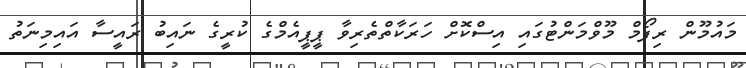
މައުމޫން ރިފޯމް މޫވްމަންޓުގައި އިސްކޮށް ހަރަކާތްތެރިވާ ޕީޕީއެމްގެ ކުރީގެ ނައިބު ރައީސާ އައިމިނަތު